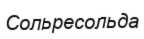
Сольресольда